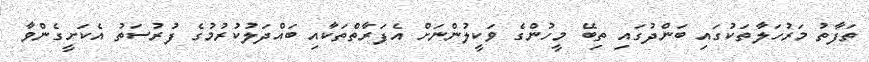
ތަފާތު މަރުހަލާތަކުގައި ބަންދުގައި ތިބޭ މީހުންގެ ވަކީލުންނަށް އެފަރާތްތަކާއި ބައްދަލުކުރުމުގެ ފުރުސަތު އެކަށީގެންވާ